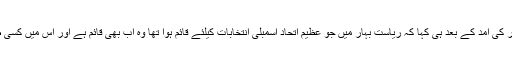
لالو پرساد یادو نے نتیش کمار کی آمد کے بعد ہی کہا کہ ریاست بہار میں جو عظیم اتحاد اسمبلی انتخابات کیلئے قائم ہوا تھا وہ اب بھی قائم ہے اور اس میں کسی طرح کے اختلافات نہیں ہیں ۔